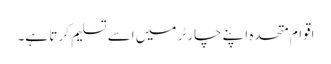
اقوامِ متحدہ اپنے چارٹر میں اسے تسلیم کر تا ہے۔